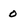
Character: o